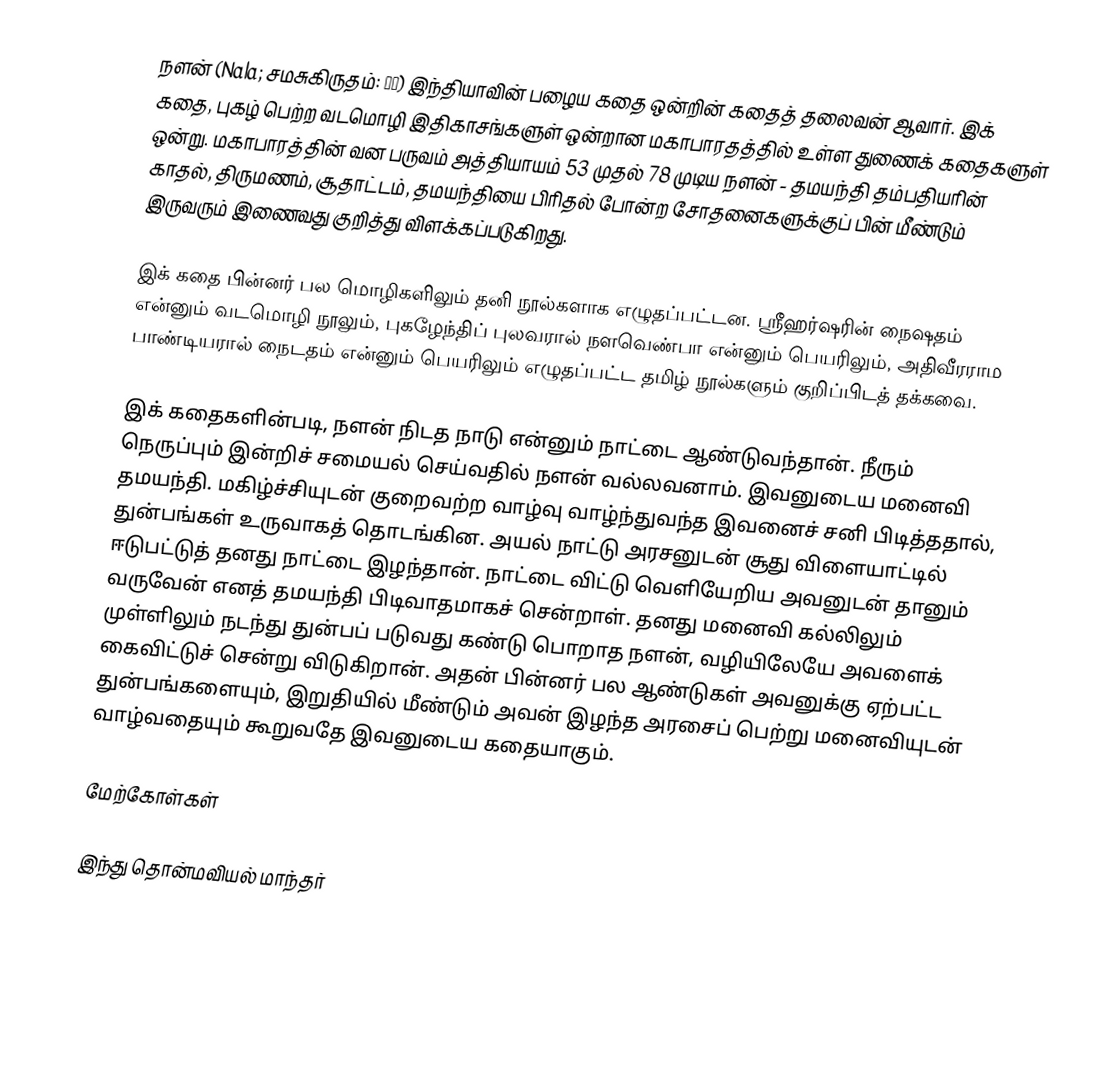
நளன் (Nala; சமசுகிருதம்: नल) இந்தியாவின் பழைய கதை ஒன்றின் கதைத் தலைவன் ஆவார். இக் கதை, புகழ் பெற்ற வடமொழி இதிகாசங்களுள் ஒன்றான மகாபாரதத்தில் உள்ள துணைக் கதைகளுள் ஒன்று. மகாபாரத்தின் வன பருவம் அத்தியாயம் 53 முதல் 78 முடிய நளன் - தமயந்தி தம்பதியரின் காதல், திருமணம், சூதாட்டம், தமயந்தியை பிரிதல் போன்ற சோதனைகளுக்குப் பின் மீண்டும் இருவரும் இணைவது குறித்து விளக்கப்படுகிறது.

இக் கதை பின்னர் பல மொழிகளிலும் தனி நூல்களாக எழுதப்பட்டன. ஸ்ரீஹர்ஷரின் நைஷதம் என்னும் வடமொழி நூலும், புகழேந்திப் புலவரால் நளவெண்பா என்னும் பெயரிலும், அதிவீரராம பாண்டியரால் நைடதம் என்னும் பெயரிலும் எழுதப்பட்ட தமிழ் நூல்களும் குறிப்பிடத் தக்கவை.

இக் கதைகளின்படி, நளன் நிடத நாடு என்னும் நாட்டை ஆண்டுவந்தான். நீரும் நெருப்பும் இன்றிச் சமையல் செய்வதில் நளன் வல்லவனாம். இவனுடைய மனைவி தமயந்தி. மகிழ்ச்சியுடன் குறைவற்ற வாழ்வு வாழ்ந்துவந்த இவனைச் சனி பிடித்ததால், துன்பங்கள் உருவாகத் தொடங்கின. அயல் நாட்டு அரசனுடன் சூது விளையாட்டில் ஈடுபட்டுத் தனது நாட்டை இழந்தான். நாட்டை விட்டு வெளியேறிய அவனுடன் தானும் வருவேன் எனத் தமயந்தி பிடிவாதமாகச் சென்றாள். தனது மனைவி கல்லிலும் முள்ளிலும் நடந்து துன்பப் படுவது கண்டு பொறாத நளன், வழியிலேயே அவளைக் கைவிட்டுச் சென்று விடுகிறான். அதன் பின்னர் பல ஆண்டுகள் அவனுக்கு ஏற்பட்ட துன்பங்களையும், இறுதியில் மீண்டும் அவன் இழந்த அரசைப் பெற்று மனைவியுடன் வாழ்வதையும் கூறுவதே இவனுடைய கதையாகும்.

மேற்கோள்கள்

இந்து தொன்மவியல் மாந்தர்